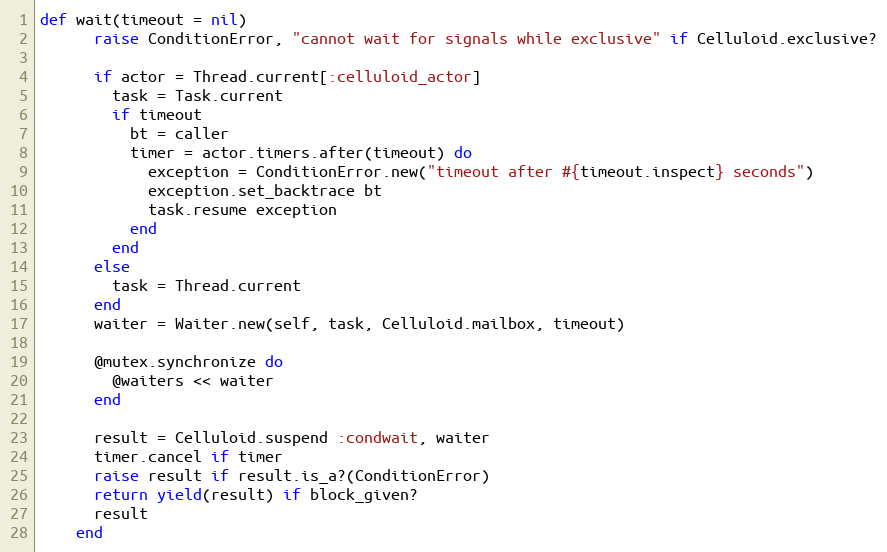
Language: Ruby
def wait(timeout = nil)
      raise ConditionError, "cannot wait for signals while exclusive" if Celluloid.exclusive?

      if actor = Thread.current[:celluloid_actor]
        task = Task.current
        if timeout
          bt = caller
          timer = actor.timers.after(timeout) do
            exception = ConditionError.new("timeout after #{timeout.inspect} seconds")
            exception.set_backtrace bt
            task.resume exception
          end
        end
      else
        task = Thread.current
      end
      waiter = Waiter.new(self, task, Celluloid.mailbox, timeout)

      @mutex.synchronize do
        @waiters << waiter
      end

      result = Celluloid.suspend :condwait, waiter
      timer.cancel if timer
      raise result if result.is_a?(ConditionError)
      return yield(result) if block_given?
      result
    end